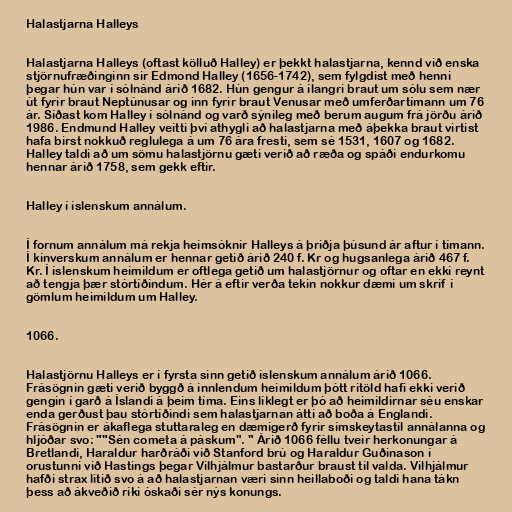
Halastjarna Halleys

Halastjarna Halleys (oftast kölluð Halley) er þekkt halastjarna, kennd við enska
stjörnufræðinginn sir Edmond Halley (1656-1742), sem fylgdist með henni
þegar hún var í sólnánd árið 1682. Hún gengur á ílangri braut um sólu sem nær
út fyrir braut Neptúnusar og inn fyrir braut Venusar með umferðartímann um 76
ár. Síðast kom Halley í sólnánd og varð sýnileg með berum augum frá jörðu árið
1986. Endmund Halley veitti því athygli að halastjarna með áþekka braut virtist
hafa birst nokkuð reglulega á um 76 ára fresti, sem sé 1531, 1607 og 1682.
Halley taldi að um sömu halastjörnu gæti verið að ræða og spáði endurkomu
hennar árið 1758, sem gekk eftir.

Halley í íslenskum annálum.

Í fornum annálum má rekja heimsóknir Halleys á þriðja þúsund ár aftur í tímann.
Í kínverskum annálum er hennar getið árið 240 f. Kr og hugsanlega árið 467 f.
Kr. Í íslenskum heimildum er oftlega getið um halastjörnur og oftar en ekki reynt
að tengja þær stórtíðindum. Hér á eftir verða tekin nokkur dæmi um skrif í
gömlum heimildum um Halley.

1066.

Halastjörnu Halleys er í fyrsta sinn getið íslenskum annálum árið 1066.
Frásögnin gæti verið byggð á innlendum heimildum þótt ritöld hafi ekki verið
gengin í garð á Íslandi á þeim tíma. Eins líklegt er þó að heimildirnar séu enskar
enda gerðust þau stórtíðindi sem halastjarnan átti að boða á Englandi.
Frásögnin er ákaflega stuttaraleg en dæmigerð fyrir símskeytastíl annálanna og
hljóðar svo: ""Sén cometa á páskum". " Árið 1066 féllu tveir herkonungar á
Bretlandi, Haraldur harðráði við Stanford brú og Haraldur Guðinason í
orustunni við Hastings þegar Vilhjálmur bastarður braust til valda. Vilhjálmur
hafði strax litið svo á að halastjarnan væri sinn heillaboði og taldi hana tákn
þess að ákveðið ríki óskaði sér nýs konungs.